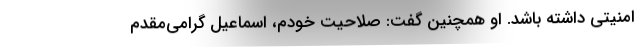
امنیتی داشته باشد. او همچنین گفت: صلاحیت خودم، اسماعیل گرامی‌مقدم